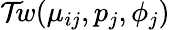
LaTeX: \mathcal{Tw}(\mu_{ij},p_{j},\phi_{j})